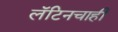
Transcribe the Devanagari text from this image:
लॅटिनचाही